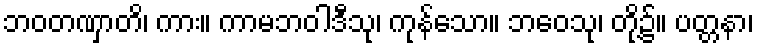
ဘဝတဏှာတိ၊ ကား။ ကာမဘဝါဒီသု၊ ကုန်သော။ ဘဝေသု၊ တို့၌။ ပတ္တနာ၊